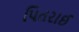
પિતરાઈ